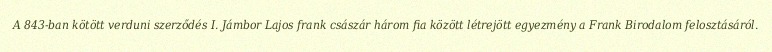
A 843-ban kötött verduni szerződés I. Jámbor Lajos frank császár három fia között létrejött egyezmény a Frank Birodalom felosztásáról.